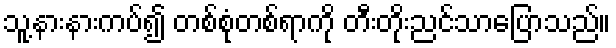
သူ့နားနားကပ်၍ တစ်စုံတစ်ရာကို တီးတိုးညင်သာပြောသည်။